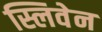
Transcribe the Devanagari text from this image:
स्लिवेन